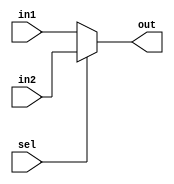
module mux2to1 #(parameter n =32)(input sel,input[n-1:0] in1,in2,output[n-1:0] out);
	assign out=sel?in2:in1;
endmodule